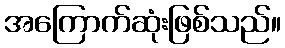
အကြောက်ဆုံးဖြစ်သည်။